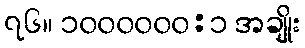
၇၆။ ၁၀၀၀၀၀၀:၁ အချိုး